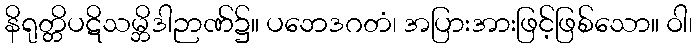
နိရုတ္တိပဋိသမ္ဘိဒါဉာဏ်၌။ ပဘေဒဂတံ၊ အပြားအားဖြင့်ဖြစ်သော။ ဝါ၊